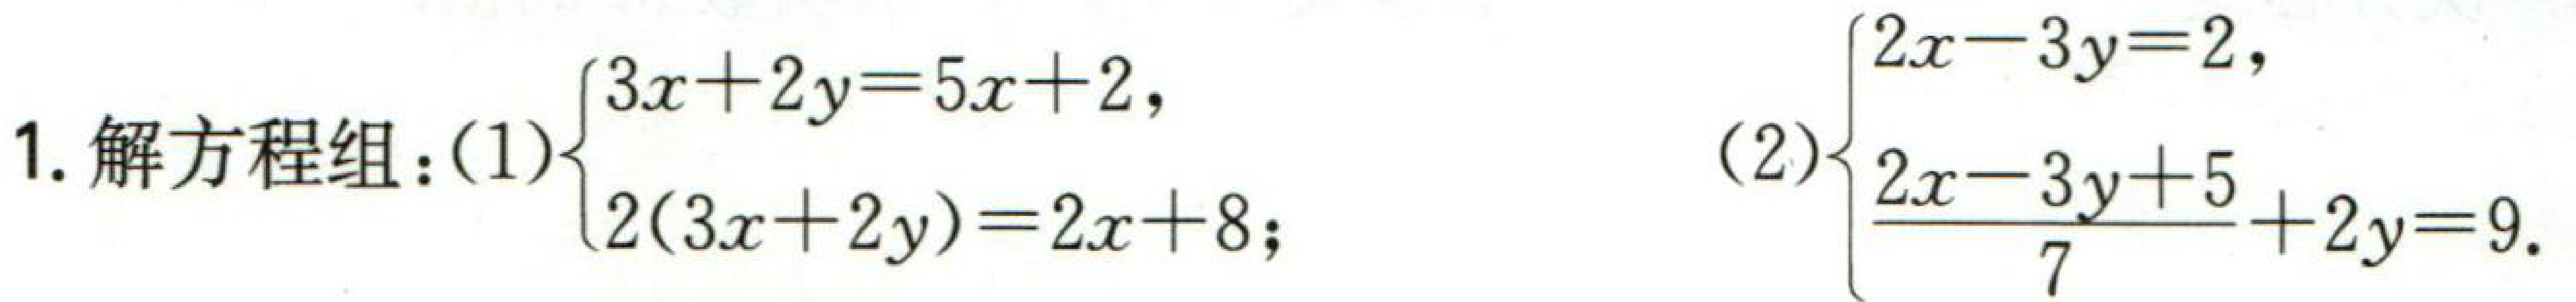
1. 解方程组：(1)\(\begin{cases}2x - 3y = 2,\\3x + 2y = 5x + 2,\\2(3x + 2y)=2x + 8;\end{cases}\) (2)\(\begin{cases}3x + 2y = 5x + 2,\\\frac{2x - 3y + 5}{7}+ 2y = 9.\end{cases}\)